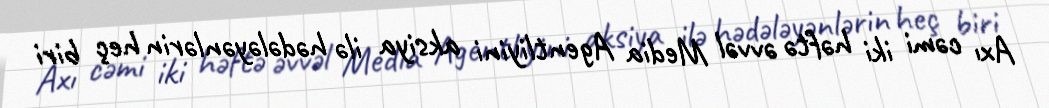
Axı cəmi iki həftə əvvəl Media Agentliyini aksiya ilə hədələyənlərin heç biri